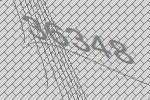
36348